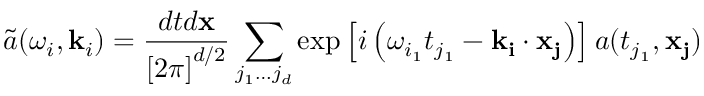
\tilde { a } ( \omega _ { i } , \mathbf { k } _ { i } ) = \frac { d t d \mathbf { x } } { \left[ 2 \pi \right] ^ { d / 2 } } \sum _ { j _ { 1 } \ldots j _ { d } } \exp \left[ i \left( \omega _ { i _ { 1 } } t _ { j _ { 1 } } - \mathbf { k } _ { \mathbf { i } } \cdot \mathbf { x } _ { \mathbf { j } } \right) \right] a ( t _ { j _ { 1 } } , \mathbf { x } _ { \mathbf { j } } )